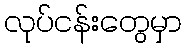
လုပ်ငန်းတွေမှာ